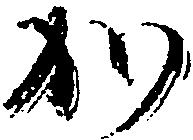
か